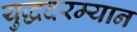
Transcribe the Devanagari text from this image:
युद्धदरम्यान